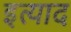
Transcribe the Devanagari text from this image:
इत्याद